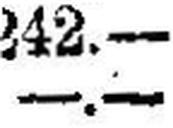
—.—